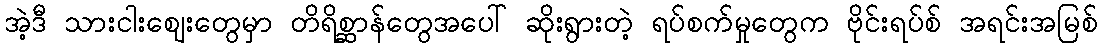
အဲ့ဒီ သားငါးဈေးတွေမှာ တိရိစ္ဆာန်တွေအပေါ် ဆိုးရွားတဲ့ ရပ်စက်မှုတွေက ဗိုင်းရပ်စ် အရင်းအမြစ်